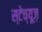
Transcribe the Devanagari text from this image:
स्टेच्यूज़